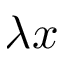
\lambda x